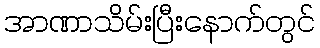
အာဏာသိမ်းပြီးနောက်တွင်